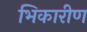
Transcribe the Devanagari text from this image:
भिकारीण